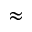
\approx